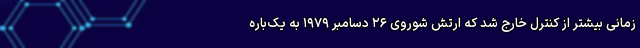
زمانی بیشتر از کنترل خارج شد که ارتش شوروی ۲۶ دسامبر ۱۹۷۹ به یک‌باره